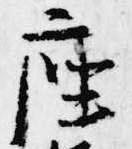
座